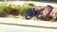
ઇદો